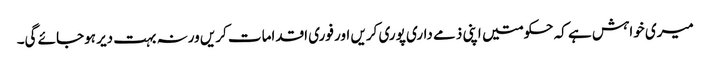
میری خواہش ہے کہ حکومتیں اپنی ذمے داری پوری کریں اور فوری اقدامات کریں ورنہ بہت دیر ہوجائے گی۔